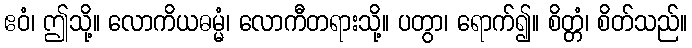
ဧဝံ၊ ဤသို့။ လောကိယဓမ္မံ၊ လောကီတရားသို့။ ပတွာ၊ ရောက်၍။ စိတ္တံ၊ စိတ်သည်။